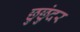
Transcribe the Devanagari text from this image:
छुछुंदर